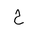
Letter: _ha